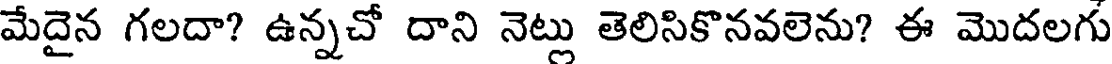
మేదైన గలదా? ఉన్నచో దాని నెట్లు తెలిసికొనవలెను? ఈ మొదలగు